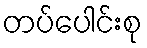
တပ်ပေါင်းစု